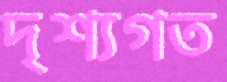
দৃশ্যগত